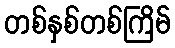
တစ်နှစ်တစ်ကြိမ်